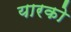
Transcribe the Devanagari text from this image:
यारको